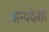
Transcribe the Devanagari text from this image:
अन्यदेशो